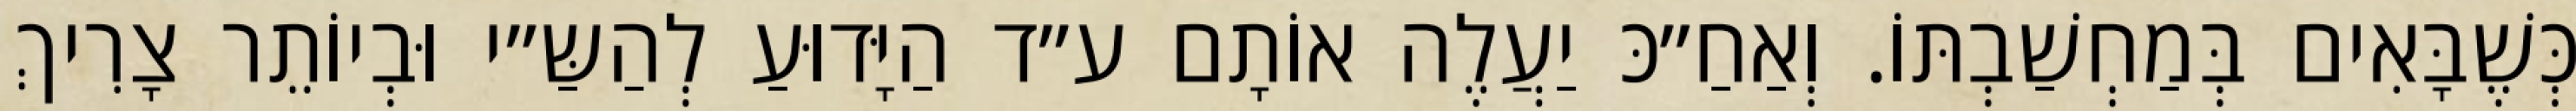
כְּשֶׁבָּאִים בְּמַחְשַׁבְתּוֹ. וְאַחַ״כּ יַעֲלֶה אוֹתָם ע״ד הַיָּדוּעַ לְהַשַּ״י וּבְיוֹתֵר צָרִיךְ